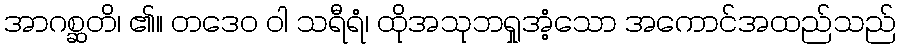
အာဂစ္ဆတိ၊ ၏။ တဒေဝ ဝါ သရီရံ၊ ထိုအသုဘရှုအံ့သော အကောင်အထည်သည်